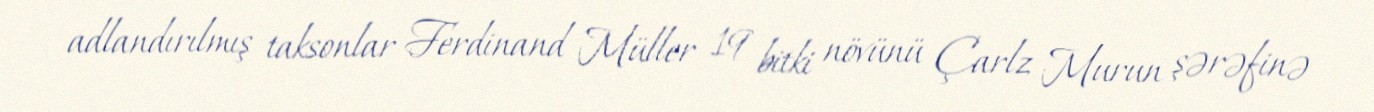
adlandırılmış taksonlar Ferdinand Müller 19 bitki növünü Çarlz Murun şərəfinə